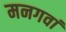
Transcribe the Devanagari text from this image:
मनगवां